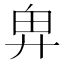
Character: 𢍉